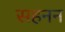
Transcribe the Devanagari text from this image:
सहनन